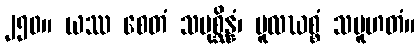
၂၅၀။ ယဿ စေတံ သမုစ္ဆိန္နံ၊ မူလဃစ္စံ သမူဟတံ။